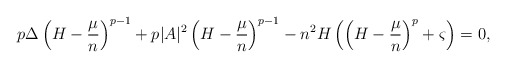
\begin{align*}p\Delta\left(H-\frac{\mu}{n}\right)^{p-1}+p\lvert A\rvert^2\left(H-\frac{\mu}{n}\right)^{p-1}-n^2 H \left(\left(H-\frac{\mu}{n}\right)^p+\varsigma\right)=0,\end{align*}